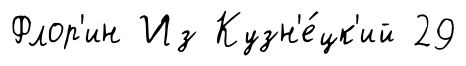
Флор'ин Из Кузн'е́цк'ий 29